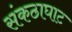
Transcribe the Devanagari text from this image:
संकठाघाट